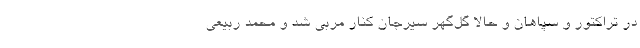
در تراکتور و سپاهان و حالا گل‌گهر سیرجان کنار مربی شد و محمد ربیعی